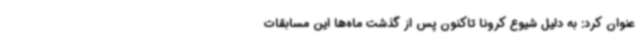
عنوان کرد: به دلیل شیوع کرونا تاکنون پس از گذشت ماه‌ها این مسابقات